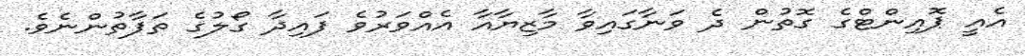
އެއީ ޕޮއިންޓްގެ ގޮތުން ދެ ވަނާގައިވާ މާޒިޔާއާ އެއްވަރުވެ ފައިދާ ގޯލުގެ ތަފާތުންނެވެ.